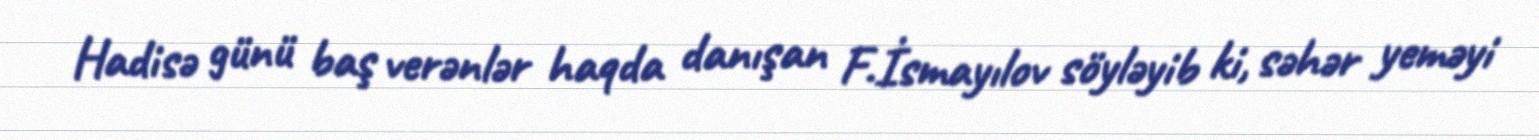
Hadisə günü baş verənlər haqda danışan F.İsmayılov söyləyib ki, səhər yeməyi